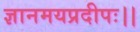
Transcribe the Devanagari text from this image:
ज्ञानमयप्रदीपः।।